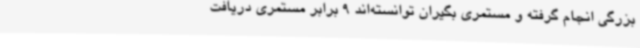
بزرگی انجام گرفته و مستمری‌ بگیران توانسته‌اند 9 برابر مستمری دریافت